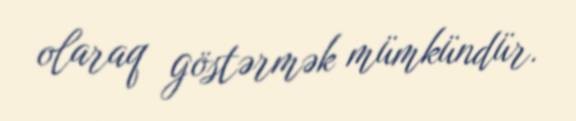
olaraq göstərmək mümkündür.